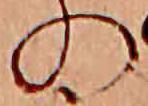
の